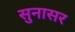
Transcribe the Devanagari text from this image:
सुनासर